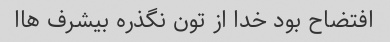
افتضاح بود خدا از تون نگذره بیشرف هاا